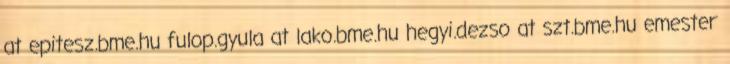
at epitesz.bme.hu fulop.gyula at lako.bme.hu hegyi.dezso at szt.bme.hu emester